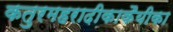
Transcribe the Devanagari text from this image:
कतुरमहरादीकाकैयीका